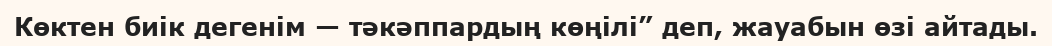
Көктен биік дегенім — тәкәппардың көңілі” деп, жауабын өзі айтады.